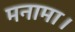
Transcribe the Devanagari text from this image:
मनामा।